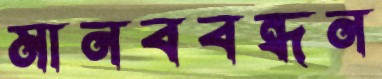
মানববন্ধন